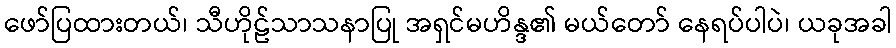
ဖော်ပြထားတယ်၊ သီဟိုဠ်သာသနာပြု အရှင်မဟိန္ဒ၏ မယ်တော် နေရပ်ပါပဲ၊ ယခုအခါ